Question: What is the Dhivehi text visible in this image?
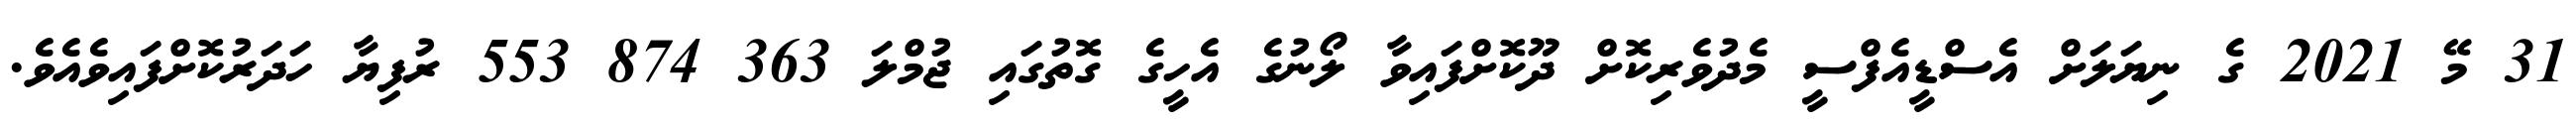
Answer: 31 މޭ 2021 ގެ ނިޔަލަށް އެސްޑީއެފްސީ މެދުވެރިކޮށް ދޫކޮށްފައިވާ ލޯނުގެ އެހީގެ ގޮތުގައި ޖުމްލަ 363 874 553 ރުފިޔާ ހަދަރުކޮށްފައިވެއެވެ.